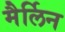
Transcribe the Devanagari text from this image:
मैर्लिन